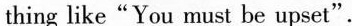
thing like"You must be upset".